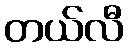
တယ်လီ